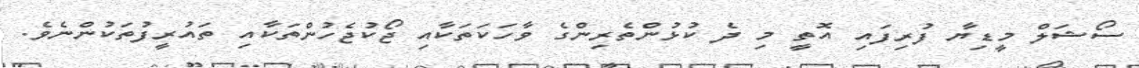
ސޯޝަލް މީޑިޔާ ފުރިފައި އޮތީ މި ދެ ކުޅުންތެރިންގެ ވާހަކަތަކާއި ޖޯކުޖެހުންތަކާއި ތައުރީފުތަކުންނެވެ.